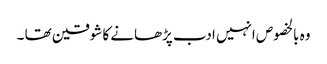
وہ بالخصوص انہیں ادب پڑھانے کا شوقین تھا ۔